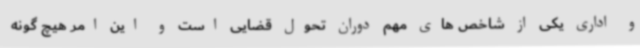
و اداری یکی از شاخص های مهم دوران تحول قضایی است و این امر هیچ گونه